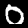
Digit: 0